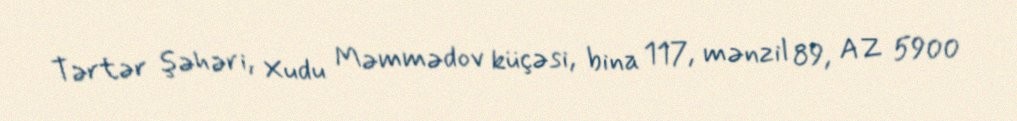
Tərtər şəhəri, Xudu Məmmədov küçəsi, bina 117, mənzil 89, AZ 5900